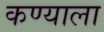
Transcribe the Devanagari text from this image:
कण्याला